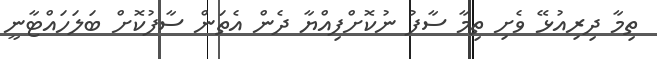
ތިމާ ދިރިއުޅޭ ވެށި ތިމާ ސާފު ނުކޮށްފިއްޔާ ދެން އެތަން ސާފުކޮށް ބަލަހައްޓާނީ